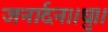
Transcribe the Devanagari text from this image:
जनार्दन।।ध्रु।।